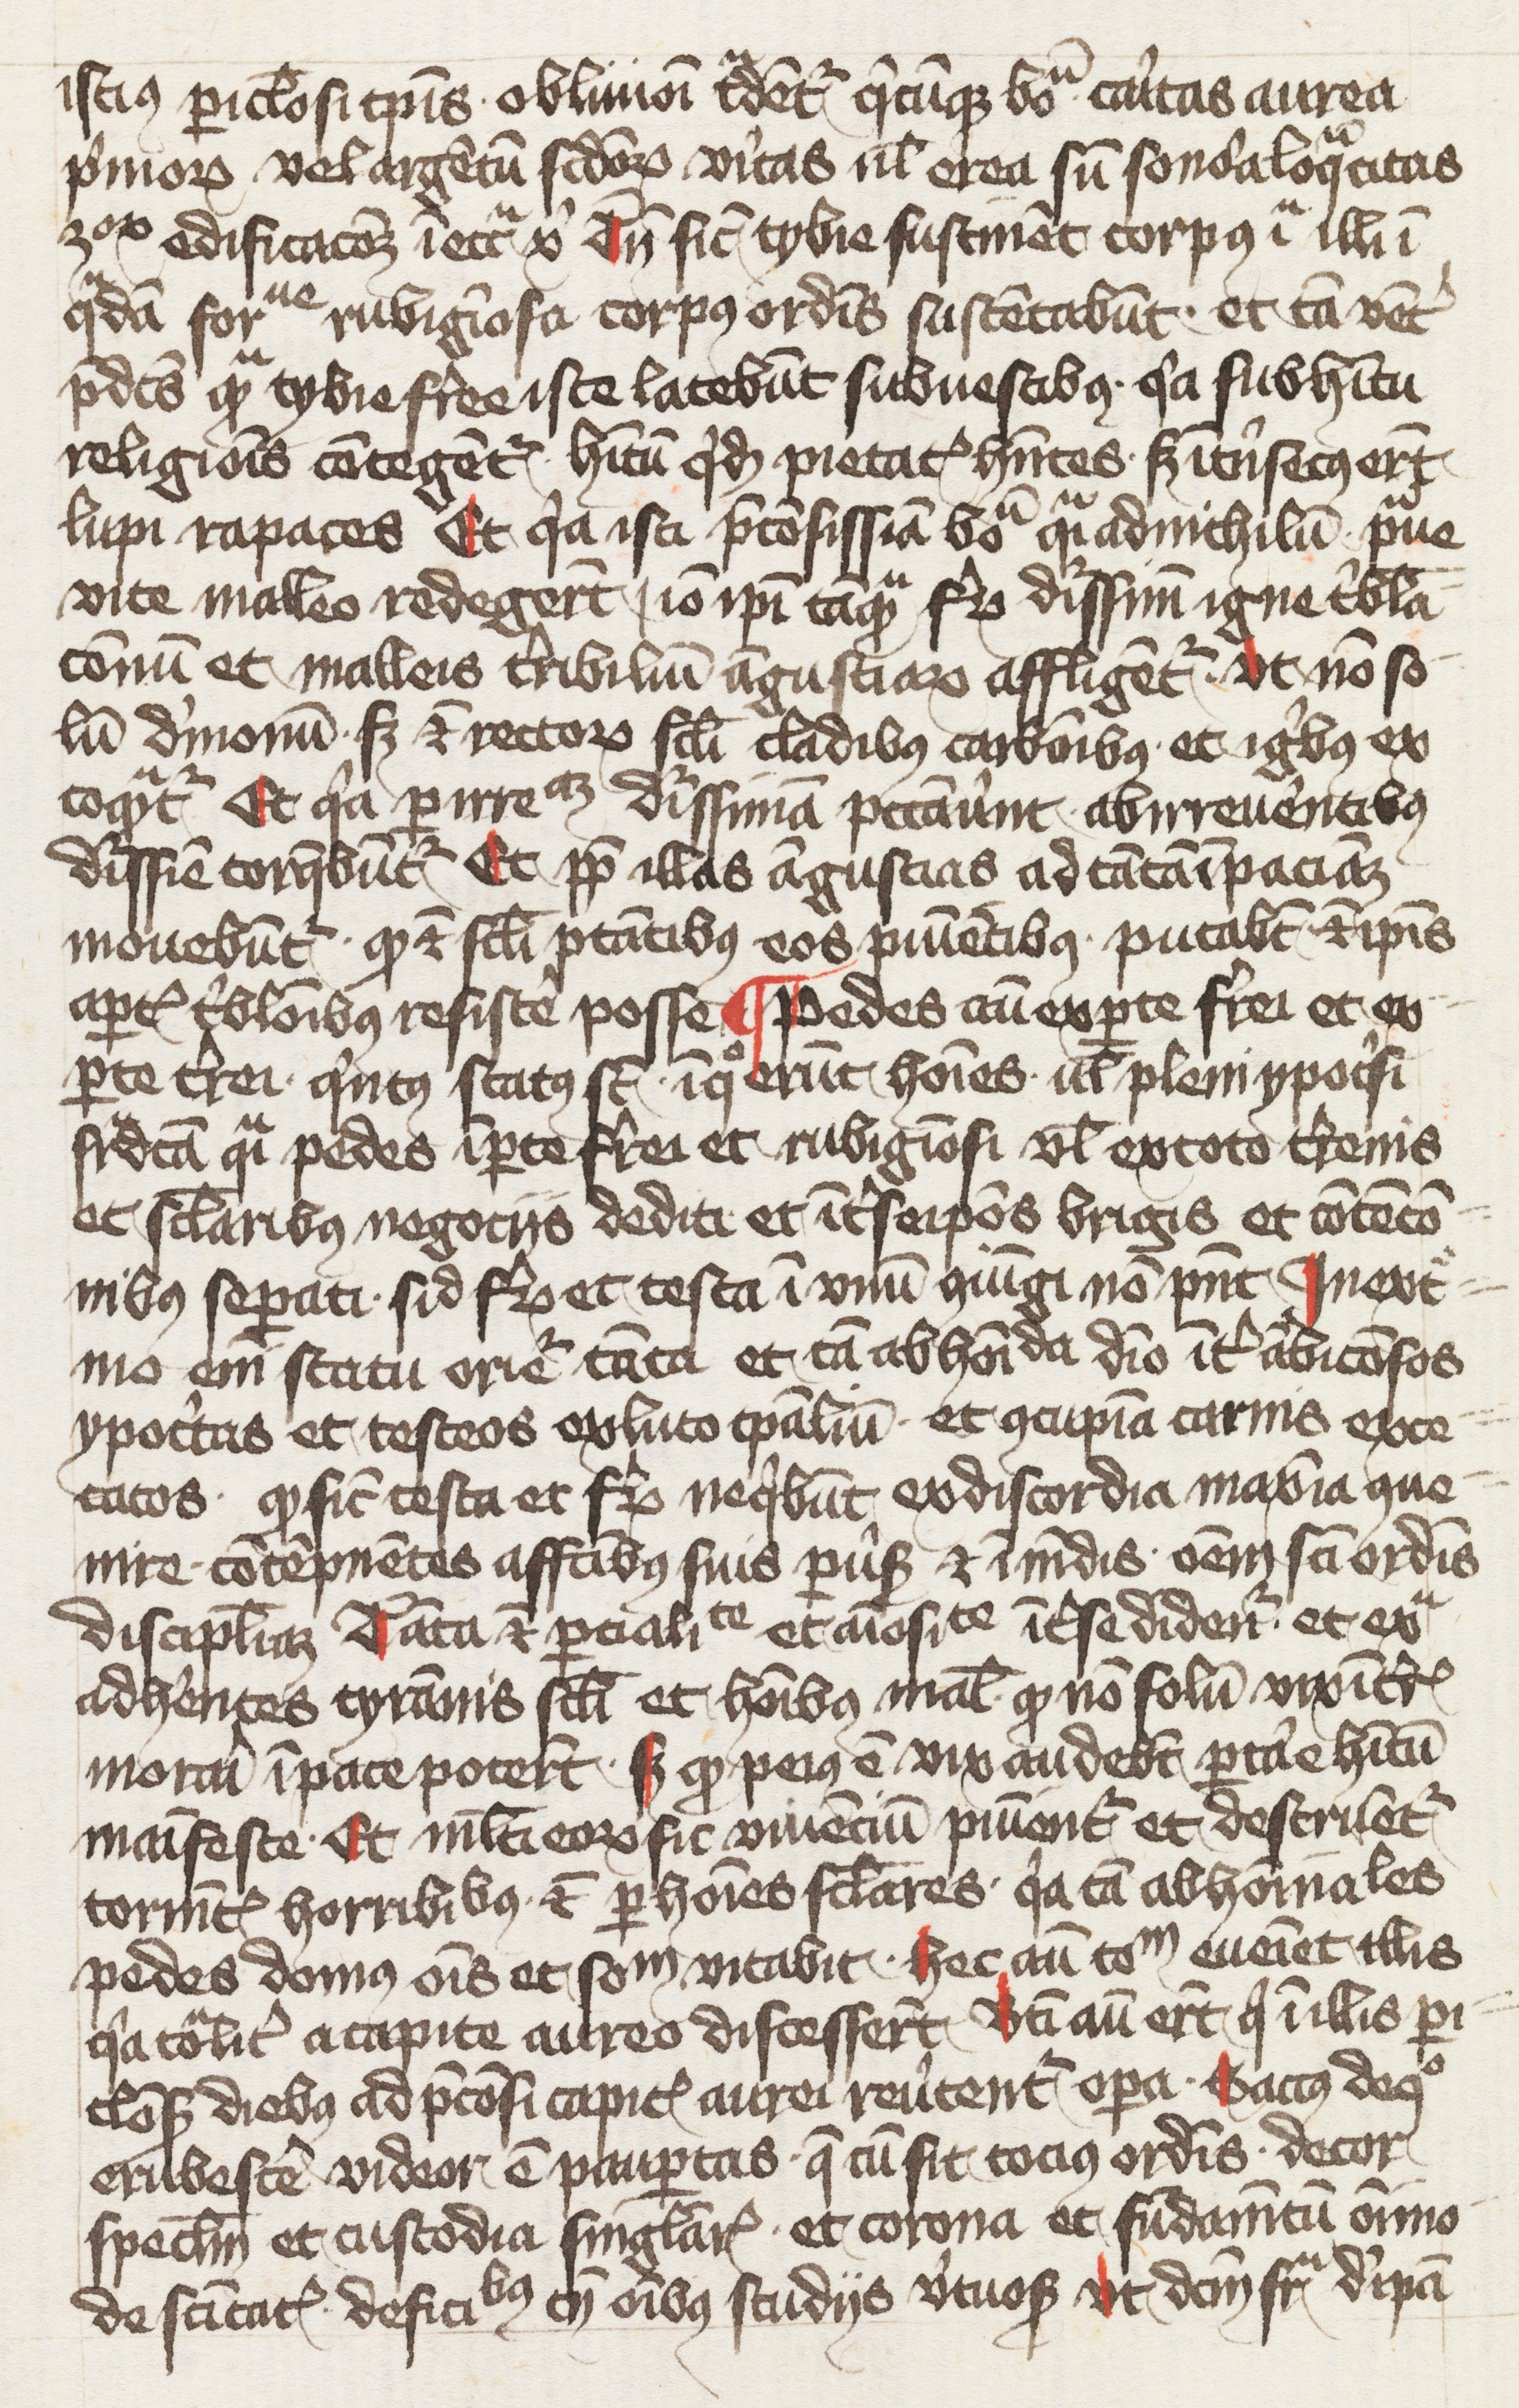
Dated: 1400–1424